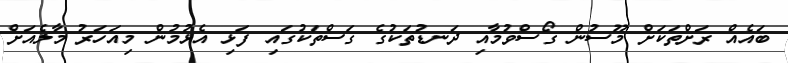
ބައެއް ރަށްތަކަށް މޫސުން ގޯސްވުމާއި ދަނޑުތަކުގެ ގަސްތަކުގައި ފަޅި އެޅުމުން މިއަހަރު މާލެއަށް